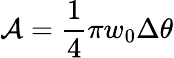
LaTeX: \mathcal{A}=\frac{1}{4}\pi w_{0}\Delta\theta